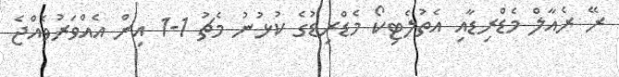
ރޭ ރެއާލް މެޑްރިޑާއި އެތުލެޓިކޯ މެޑްރިޑުގެ ކުޅުނު މެޗު 1-1 އިން އެއްވަރުވެއްޖެ